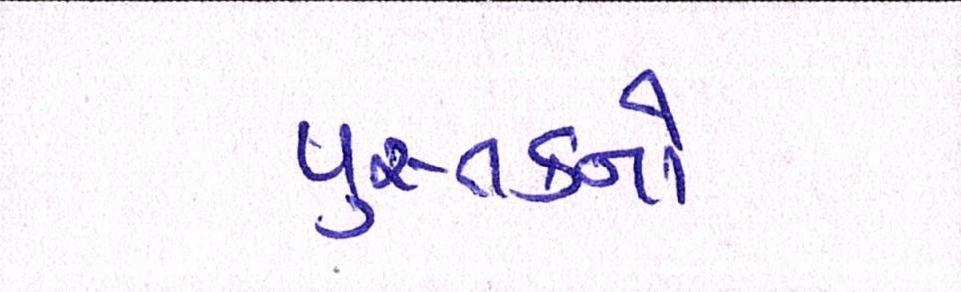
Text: પુસ્તકનો